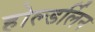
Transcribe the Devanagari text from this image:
होल्डर्लिन